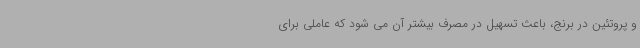
و پروتئین در برنج، باعث تسهیل در مصرف بیشتر آن می شود که عاملی برای